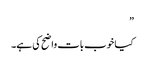
”
کیا خوب بات واضح کی ہے۔